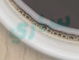
سأري